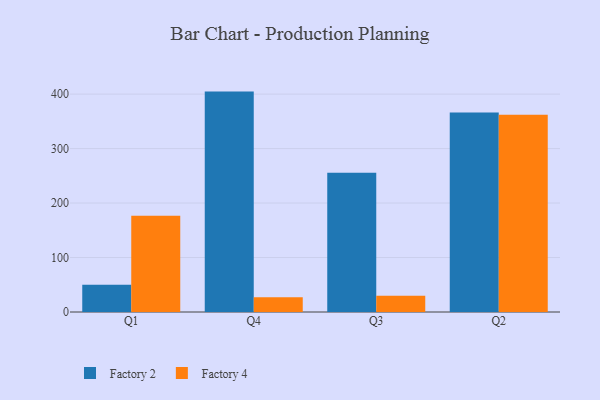
{"axis": {"x": "Quarter", "y": "Energy Usage (MWh)"}, "legend": ["Factory 2", "Factory 4"], "data": [{"x": "Q1", "y": 49.9, "type": "Factory 2"}, {"x": "Q1", "y": 176.8, "type": "Factory 4"}, {"x": "Q4", "y": 404.6, "type": "Factory 2"}, {"x": "Q4", "y": 27.1, "type": "Factory 4"}, {"x": "Q3", "y": 255.4, "type": "Factory 2"}, {"x": "Q3", "y": 29.9, "type": "Factory 4"}, {"x": "Q2", "y": 366.1, "type": "Factory 2"}, {"x": "Q2", "y": 362.2, "type": "Factory 4"}]}